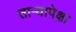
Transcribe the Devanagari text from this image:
तार्‍यापेक्षा